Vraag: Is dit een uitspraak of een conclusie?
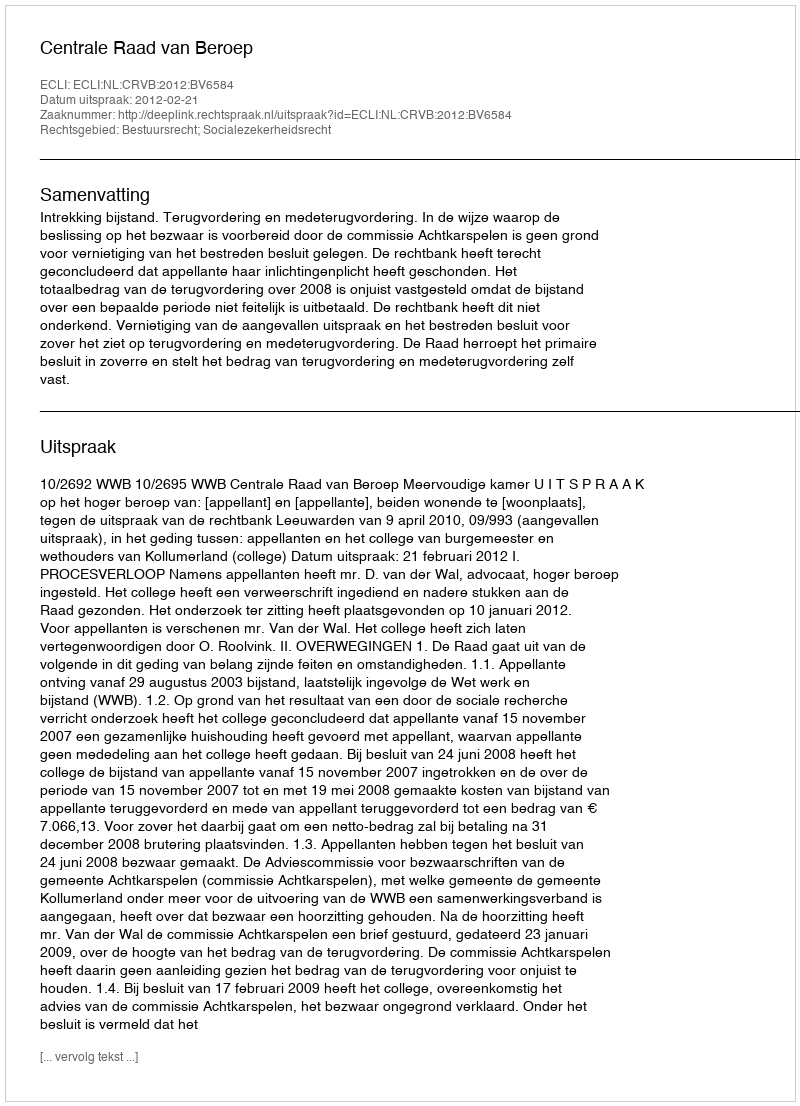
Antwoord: Uitspraak